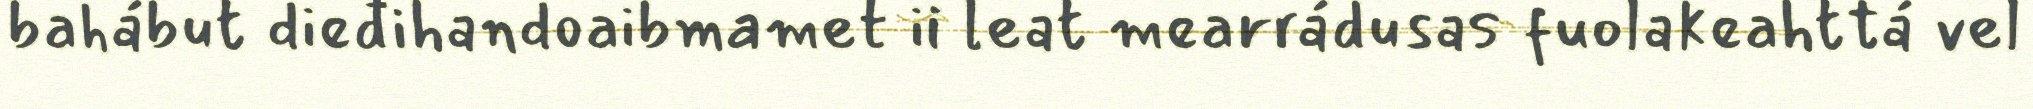
bahábut dieđihandoaibmamet ii leat mearrádusas fuolakeahttá vel